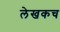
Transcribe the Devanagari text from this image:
लेखकच